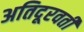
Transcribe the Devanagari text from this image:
अतिदूरवर्ती